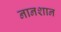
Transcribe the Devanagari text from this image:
नानशान